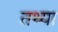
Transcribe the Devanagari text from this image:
तथ्या